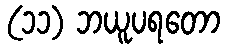
(၁၁) ဘယူပရတော